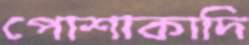
পোশাকাদি